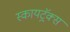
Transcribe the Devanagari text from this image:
स्कायट्रॅक्स